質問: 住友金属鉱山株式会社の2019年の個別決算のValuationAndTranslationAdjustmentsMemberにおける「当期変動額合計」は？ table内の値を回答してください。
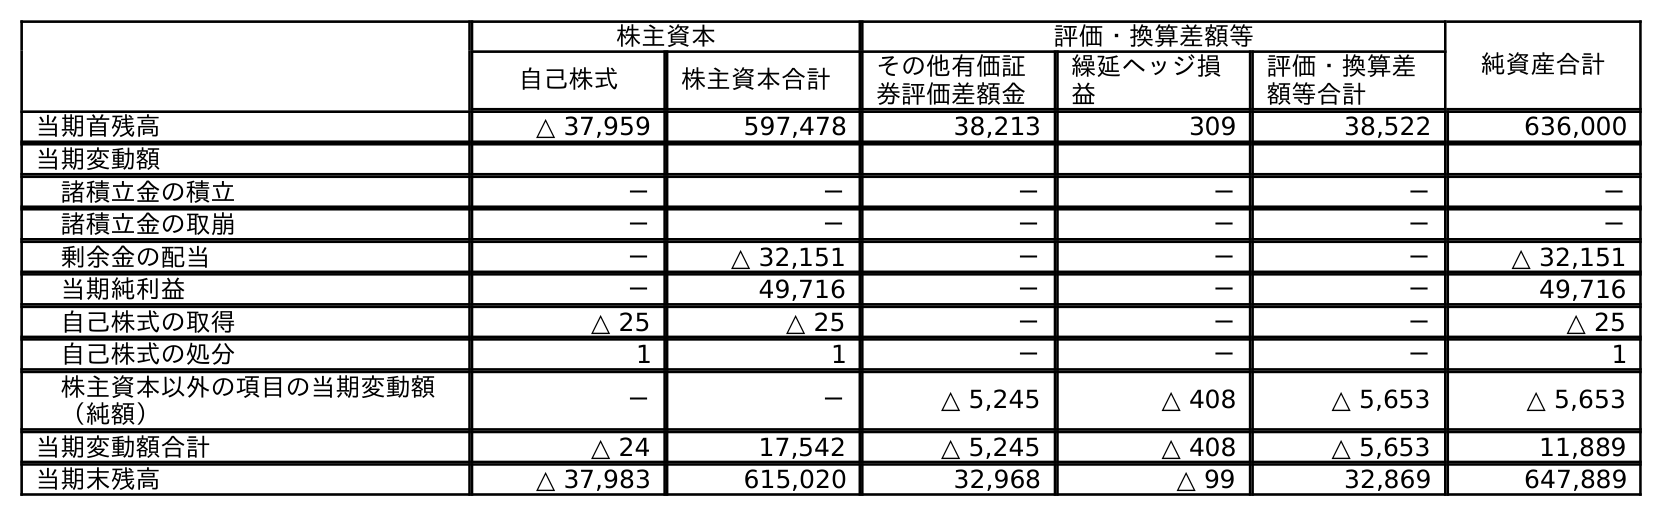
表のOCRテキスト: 株主資本 評価・換算差額等 純資産合計 自己株式 株主資本合計 その他有価証 券評価差額金 繰延ヘッジ損 益 評価・換算差 額等合計 当期首残高 △ 37,959 597,478 38,213 309 38,522 636,000 当期変動額 諸積立金の積立 － － － － － － 諸積立金の取崩 － － － － － － 剰余金の配当 － △ 32,151 － － － △ 32,151 当期純利益 － 49,716 － － － 49,716 自己株式の取得 △ 25 △ 25 － － － △ 25 自己株式の処分 1 1 － － － 1 株主資本以外の項目の当期変動額 （純額） － － △ 5,245 △ 408 △ 5,653 △ 5,653 当期変動額合計 △ 24 17,542 △ 5,245 △ 408 △ 5,653 11,889 当期末残高 △ 37,983 615,020 32,968 △ 99 32,869 647,889
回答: △5,653